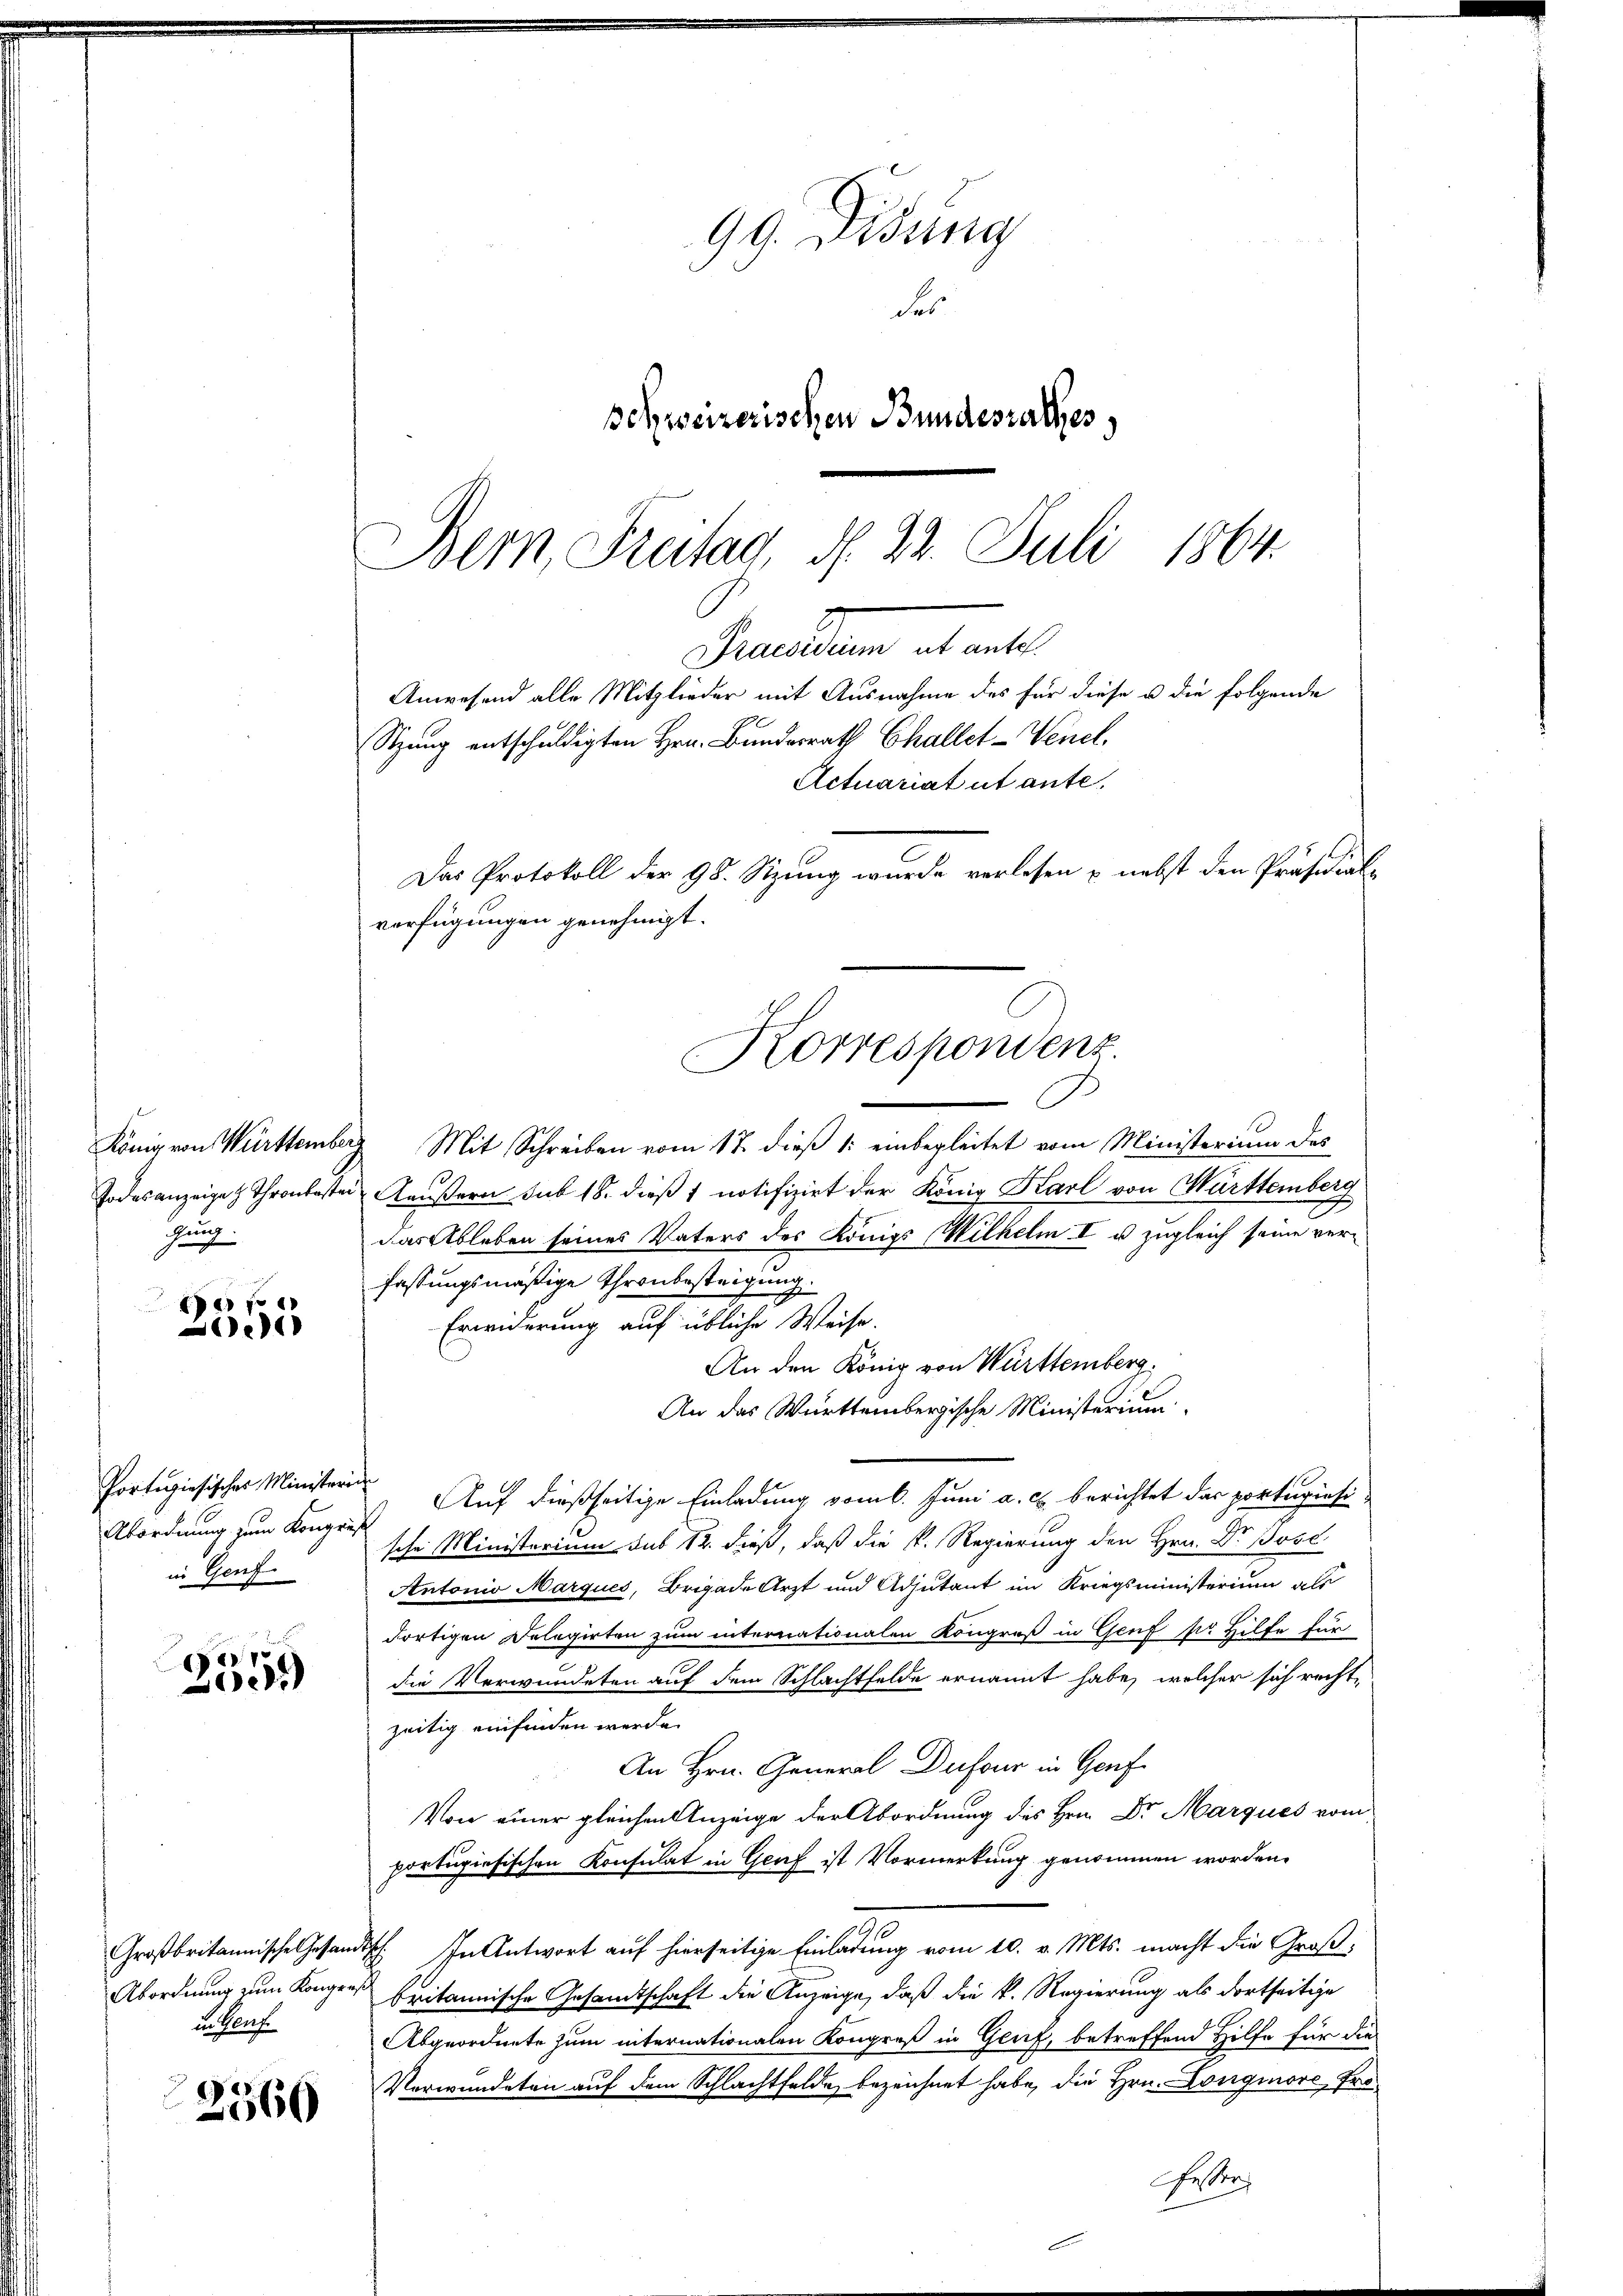
König von Württember
Todesanzeiget Thronbestei
chung.

f
e

Portugisisches Ministerin
Abordnung zum Kongres
in Genf

7
0)

Großbritannische Gesam
Abordnung zum Kongre
u. Verf.

2560

99 Didung
Fer
schweizerischen Bundesrathes,
Bern Freitag, d. 22. Juli 1864.

Gemeinden deute
Stzung entschuldigten Hrn. Bundesrath Challet-Wenel,
Das Protokoll der 98. Sizung wurde verlesen & nebst den Präsidiale
verfügungen genehmigt.
Korrespondenz

Anwesend alle Mitglieder mit Ausnahme des für diese u. die folgende
Actuariat ut ante.

.
Mit Schreiben vom 17. dieß 1: einbegleitet vom Ministerium des
Aäusern sub 18. dieß notifizirt der König Karl von Württemberg
das Ableben seines Vaters des Königs Wilhelm I u. zugleich seine verfassungsmäßige Thronbesteigung.
Erwiderung auf übliche Weise.
An den König von Württemberg.
An das Württembergische Ministerium
fe
Auf dießseitige Einladung vom 6. Juni a. c. berichtet das portugisische Ministerium sub 12. dieß, daß die k. Regierung den Hrn. Dr Böse
Antonio Marques, Brigade Arzt und Adjutant im Kriegsministerium als
dortigen Delegirten zum internationalen Kongroß in Genf sr Hilfe für
die Verwundeten auf dem Schlachtfelde ernannt habe, welcher sich recht,
zeitig einfinden werde.
An Hrn. General Dufour in Genf
Von einer gleichen Anzeige der Abordnung des Hrn. Dr. Marques vom
portugisischen Konsulat in Genf ist Vormerkung genommen worden.
E. In Antwort auf hierseitige Einladung vom 10. v. Mts. macht die Großbritannische Gesandtschaft die Anzeige, daß die k. Regierung als dortseitige
Abgeordnete zum internationalen Kongreß in Genf, betreffend Hilfe für die
Verwundeten auf dem Schlachtfelde bezeichnet habe, die Hrn. Longuore, Pro¬
Gesser